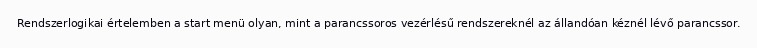
Rendszerlogikai értelemben a start menü olyan, mint a parancssoros vezérlésű rendszereknél az állandóan kéznél lévő parancssor.